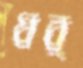
ধর্